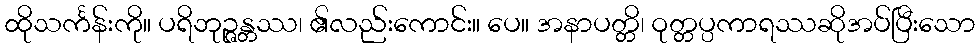
ထိုသင်္ကန်းကို။ ပရိဘုဉ္ဇန္တဿ၊ ၏လည်းကောင်း။ ပေ။ အနာပတ္တိ၊ ဝုတ္တပ္ပကာရဿဆိုအပ်ပြီးသော